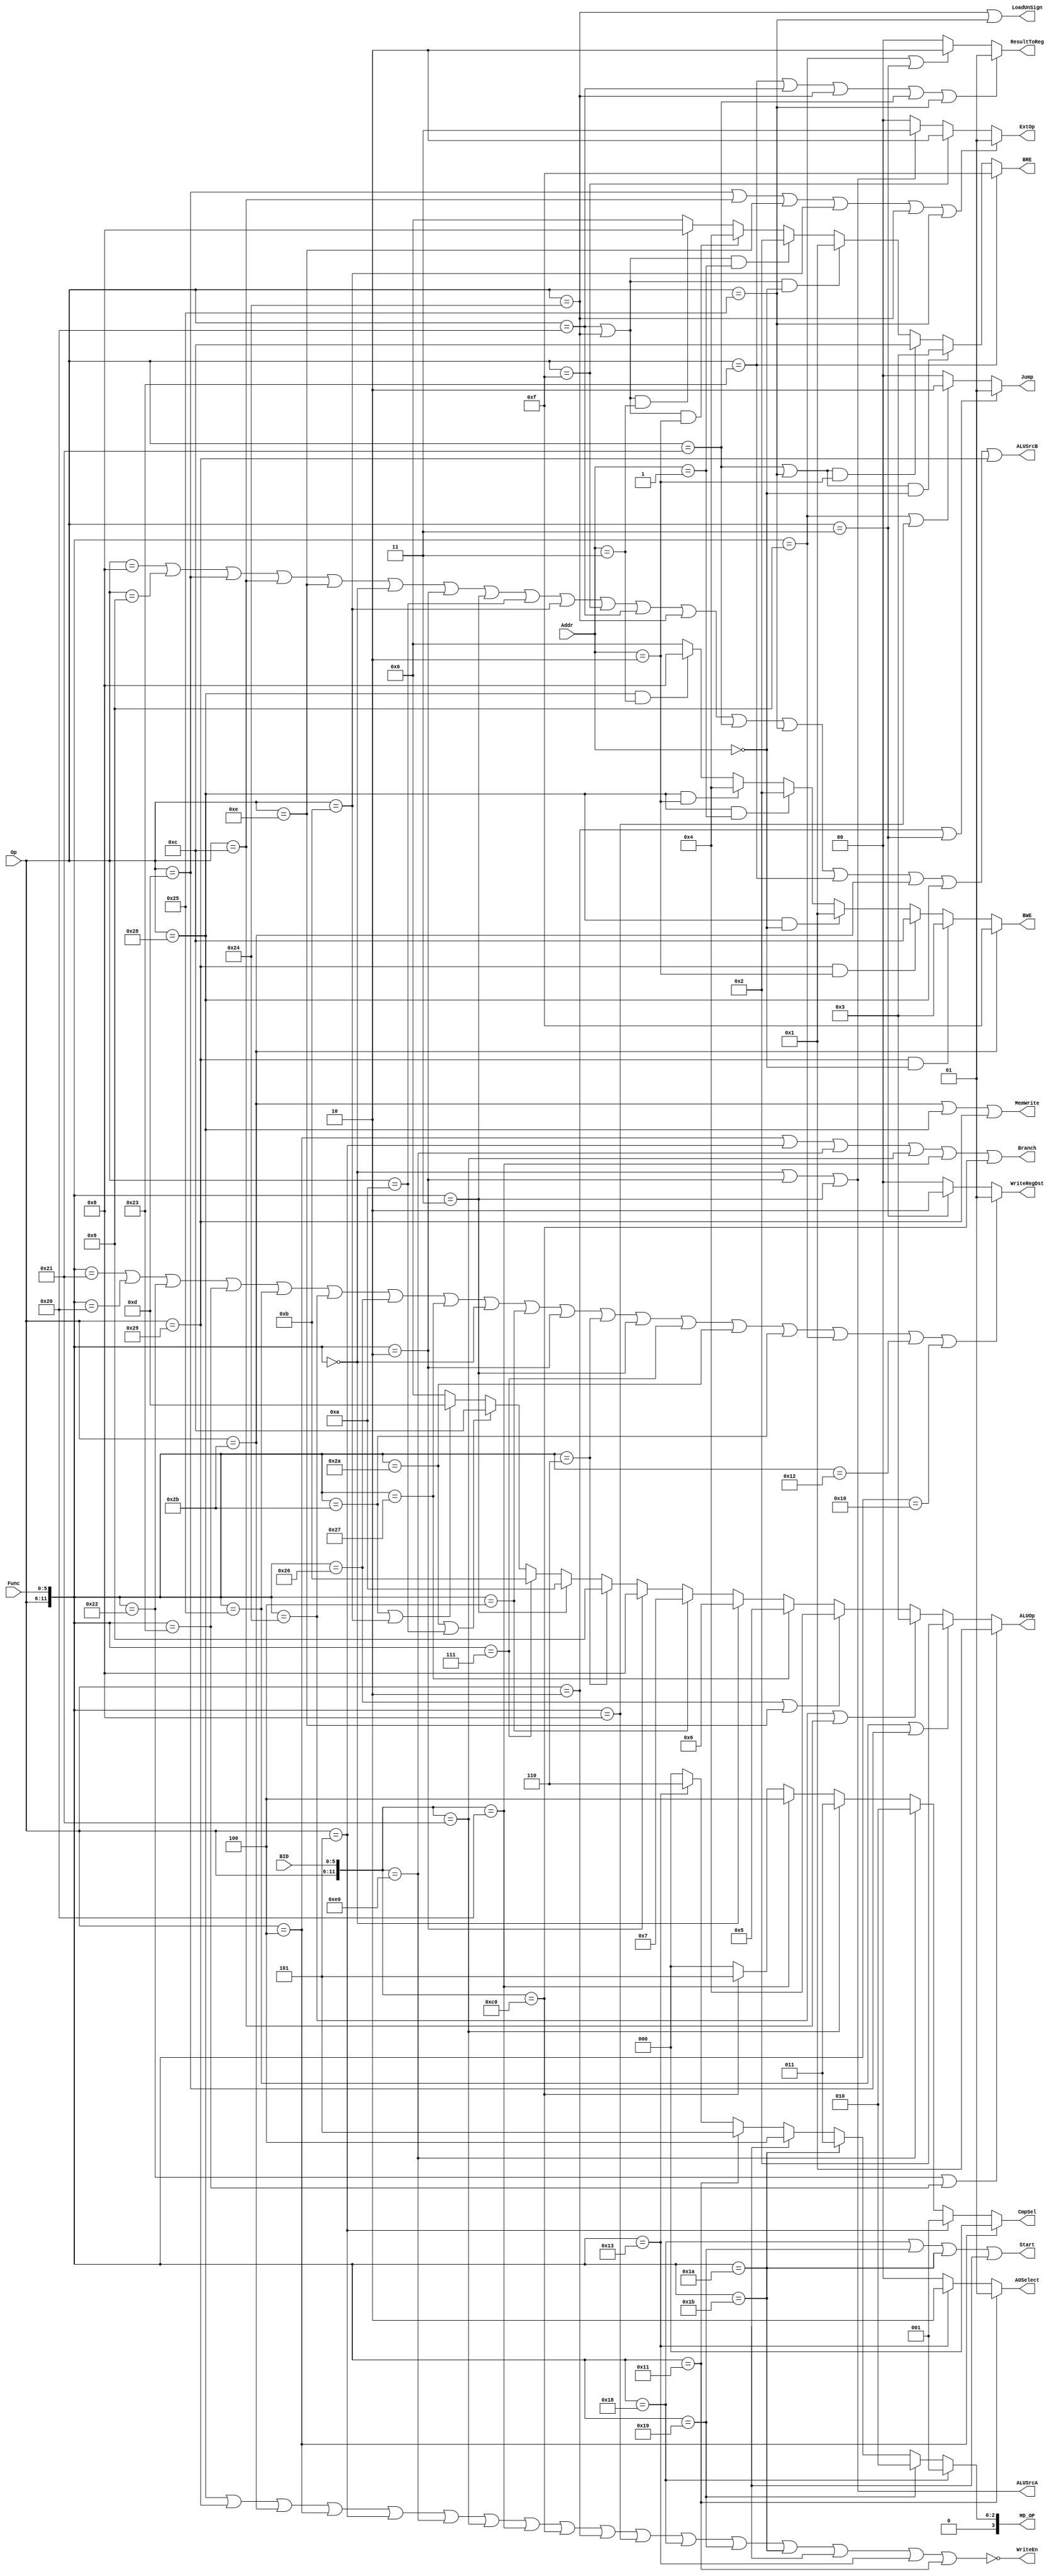
`timescale 1ns / 1ps
/*
add   addu   addi   addiu   and   andi   sub   subu   or   ori   
xor   xori   nor    sll     srl   sra    sllv  srlv   srav lui
slt   slti   sltiu  sltu    beq   bne    blez  bgtz   bltz bgez
j     jal    jalr   jr      mfhi  mflo   mthi  mtlo   mult multu
div   divu   lb     lbu     lh    lhu    lw    sb     sh   sw 
**/

/***define,may be different bit-width***/
`define ADD   12'b000000_100000
`define ADDI  6'b001000
`define ADDIU 6'b001001
`define ADDU  12'b000000_100001
`define AND   12'b000000_100100
`define ANDI  6'b001100
`define BEQ   6'b000100
`define BGEZ  11'b000001_00001
`define BGTZ  11'b000111_00000
`define BLEZ  11'b000110_00000
`define BLTZ  11'b000001_00000
`define BNE   6'b000101
`define DIV   12'b000000_011010
`define DIVU  12'b000000_011011
`define J     6'b000010
`define JAL   6'b000011
`define JR    12'b000000_001000
`define JALR  12'b000000_001001
`define LUI   6'b001111
`define LW    6'b100011
`define OR    12'b000000_100101
`define ORI   6'b001101
`define SLL   12'b000000_000000
`define SRL   12'b000000_000010
`define SUB   12'b000000_100010
`define SUBU  12'b000000_100011
`define SW    6'b101011
`define XOR   12'b000000_100110
`define XORI  6'b001110
`define LB    6'b100000
`define LBU   6'b100100
`define LH    6'b100001
`define LHU   6'b100101
`define MFHI  12'b000000_010000
`define MFLO  12'b000000_010010
`define MTHI  12'b000000_010001
`define MTLO  12'b000000_010011
`define MULT  12'b000000_011000
`define MULTU 12'b000000_011001
`define NOR   12'b000000_100111
`define SB    6'b101000
`define SH    6'b101001
`define SLLV  12'b000000_000100
`define SLT   12'b000000_101010
`define SLTI  6'b001010
`define SLTIU 6'b001011
`define SLTU  12'b000000_101011
`define SRA   12'b000000_000011
`define SRAV  12'b000000_000111
`define SRLV  12'b000000_000110

module Func_ctrl(
	input [5:0] Op,
	input [5:0] Func,
	input [5:0] BID,
	input [1:0] Addr,
	output [1:0] WriteRegDst,
	output [1:0] ResultToReg,
	output Branch,
	output [1:0] Jump,
	output [1:0] ExtOp,
	output [3:0] ALUOp,
	output [3:0] BWE,
	output [3:0] BRE,
	output ALUSrcA,
	output ALUSrcB,
	output WriteEn,
	output MemWrite,
	output [2:0] CmpSel,
	output LoadUnSign,
	output Start,
	output [1:0] AOSelect,
	output [3:0] MD_OP
    ); // BID is for identify bgtz\bltz\bgez\blez...
	//definition
	wire add;    assign add   = ({Op,Func}==`ADD);
	wire addi;   assign addi  = (Op==`ADDI);
	wire addiu;  assign addiu = (Op==`ADDIU);
	wire addu;   assign addu  = ({Op,Func}==`ADDU);
	wire _and;   assign _and  = ({Op,Func}==`AND);
	wire beq;    assign beq   = (Op==`BEQ);
	wire bne;    assign bne   = (Op==`BNE);
	wire j;      assign j     = (Op==`J);
	wire jal;    assign jal   = (Op==`JAL);
	wire jr;     assign jr    = ({Op,Func}==`JR);
	wire jalr;   assign jalr  = ({Op,Func}==`JALR);
	wire lui;    assign lui   = (Op==`LUI);
	wire lw;     assign lw    = (Op==`LW);
	wire _or;    assign _or   = ({Op,Func}==`OR);
	wire ori;    assign ori   = (Op==`ORI);
	wire sll;    assign sll   = ({Op,Func}==`SLL);
	wire srl;    assign srl   = ({Op,Func}==`SRL);
	wire sub;    assign sub   = ({Op,Func}==`SUB);
	wire subu;   assign subu  = ({Op,Func}==`SUBU);
	wire sw;     assign sw    = (Op==`SW);
	wire _xor;   assign _xor  = ({Op,Func}==`XOR);
	wire _nor;   assign _nor  = ({Op,Func}==`NOR);
	wire andi;   assign andi  = (Op==`ANDI);
	wire xori;   assign xori  = (Op==`XORI);
	wire lb;     assign lb    = (Op==`LB);
	wire lbu;    assign lbu   = (Op==`LBU);
	wire lh;     assign lh    = (Op==`LH);
	wire lhu;    assign lhu   = (Op==`LHU);
	wire sb;     assign sb    = (Op==`SB);
	wire sh;     assign sh    = (Op==`SH);
	wire bgtz;   assign bgtz  = ({Op,BID}==`BGTZ);
	wire bltz;   assign bltz  = ({Op,BID}==`BLTZ);
	wire bgez;   assign bgez  = ({Op,BID}==`BGEZ);
	wire blez;   assign blez  = ({Op,BID}==`BLEZ);
	wire mfhi;   assign mfhi  = ({Op,Func}==`MFHI);
	wire mflo;   assign mflo  = ({Op,Func}==`MFLO);
	wire mthi;   assign mthi  = ({Op,Func}==`MTHI);
	wire mtlo;   assign mtlo  = ({Op,Func}==`MTLO);
	wire mult;   assign mult  = ({Op,Func}==`MULT);
	wire multu;  assign multu = ({Op,Func}==`MULTU);
	wire div;    assign div   = ({Op,Func}==`DIV);
	wire divu;   assign div   = ({Op,Func}==`DIVU);
	wire sllv;   assign sllv  = ({Op,Func}==`SLLV);
	wire srlv;   assign srlv  = ({Op,Func}==`SRLV);
	wire sra;    assign sra   = ({Op,Func}==`SRA);
	wire srav;   assign srav  = ({Op,Func}==`SRAV);
	wire slt;    assign slt   = ({Op,Func}==`SLT);
	wire slti;   assign slti  = (Op==`SLTI);
	wire sltiu;  assign sltiu = (Op==`SLTIU);
	wire sltu;   assign sltu  = ({Op,Func}==`SLTU);

	//control signals
	//just for ALUOp
	parameter ALU_ADD = 4'h0,ALU_SUB = 4'h1,ALU_OR = 4'h2,ALU_AND = 4'h3,
    ALU_XOR = 4'h4,ALU_NOR = 4'h5,ALU_SLL = 4'h6,ALU_SLLV = 4'h7,
    ALU_SRL = 4'h8,ALU_SRLV = 4'h9,ALU_SRA = 4'ha,ALU_SRAV =  4'hb,
    ALU_SLT = 4'hc,ALU_SLTU = 4'hd;
    //****************************************//
	assign ALUOp = 
	(sub|subu)    ? ALU_SUB  : 
	(_or|ori)     ? ALU_OR   :
	(_and|andi)   ? ALU_AND  :
	(_xor|xori)   ? ALU_XOR  :
	(_nor)        ? ALU_NOR  :
	(sll)         ? ALU_SLL  :
	(sllv)        ? ALU_SLLV :
	(srl)         ? ALU_SRL  :
	(srlv)		  ? ALU_SRLV :
	(sra)		  ? ALU_SRA  :
	(srav)		  ? ALU_SRAV :
	(slt|slti)    ? ALU_SLT  :
	(sltu|sltiu)  ? ALU_SLTU : 0;

	// BWE represent some memory's bytes can be writen 
	assign BWE = 
	(sw)                  ? 4'b1111 :
	(sh & Addr == 2'b00)  ? 4'b0011 :
	(sh & Addr == 2'b10)  ? 4'b1100 :
	(sb & Addr == 2'b00)  ? 4'b0001 :
	(sb & Addr == 2'b01)  ? 4'b0010 :
	(sb & Addr == 2'b10)  ? 4'b0100 :
	(sb & Addr == 2'b11)  ? 4'b1000 : 0;
	//BRE represent some data's bytes can be read into grf
	assign BRE =
	(lw)                     ? 4'b1111 :
	(lh|lhu) & Addr == 2'b00 ? 4'b0011 :
	(lh|lhu) & Addr == 2'b10 ? 4'b1100 :
	(lb|lbu) & Addr == 2'b00 ? 4'b0001 :
	(lb|lbu) & Addr == 2'b01 ? 4'b0010 :
	(lb|lbu) & Addr == 2'b10 ? 4'b0100 :
	(lb|lbu) & Addr == 2'b11 ? 4'b1000 : 0; 
	//load is unsigned
	assign LoadUnSign = (lbu | lhu);
	// AO select
	assign AOSelect = (mthi) ? 2'b01 : (mtlo) ? 2'b10 : 2'b00;
	//memory WriteEn
	assign MemWrite = sw|sb|sh;
	//for Branch
	assign Branch = beq|bne|bgtz|bgez|bltz|blez;
	//for Jump
	assign Jump = (j|jal) ? 2'b01: (jalr|jr) ? 2'b10 : 2'b00;
	//for ExtOp
	assign ExtOp = 
	(ori|andi|xori|sltiu|lbu|lhu) ? 2'b01 :
	(lui)						  ? 2'b10 :
	(sll|srl|sra)				  ? 2'b11 : 2'b00;
	//for ALUSrcA
	assign ALUSrcA = sll|srl|sra;
	//for ALUSrcB
	assign ALUSrcB = addi|addiu|ori|andi|xori|sll|srl|sra|slti|sltiu|
	lui|lb|lbu|lh|lhu|lw|sw|sb|sh;
	//for WriteEn
	assign WriteEn = !(sb|sh|sw|beq|bne|bgtz|bgez|bltz|blez|j|jr|
	mult|multu|div|divu|mtlo|mthi);
	//for CmpSel
	assign CmpSel =
	beq  ? 3'h0 : bne  ? 3'h1 :
	bgtz ? 3'h2 : bgez ? 3'h3 :
	bltz ? 3'h4 : blez ? 3'h5 : 0;
	//for Start
	assign Start = mult|multu|div|divu; 
	//for WriteRegDst
	assign WriteRegDst = 
	(addu|add|sub|subu|_or|_and|_xor|_nor|sll|sllv|srl|srlv|
	sra|srav|slt|sltu|jalr|mflo|mfhi) ? 2'b01 :
	(jal)                             ? 2'b10 : 2'b00;
	//for ResultToReg
	assign ResultToReg = 
	(lw|lb|lbu|lh|lhu)   ? 2'b01 :
	(jalr|jal)			 ? 2'b10 : 2'b00;
	//for MD_OP
	assign MD_OP = 
	mult  ? 4'd1 :
	multu ? 4'd2 :
	div   ? 4'd3 :
	divu  ? 4'd4 :
	mthi  ? 4'd5 :
	mtlo  ? 4'd6 : 4'd0;

endmodule